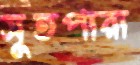
সুতপারা